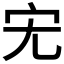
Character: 𮱞